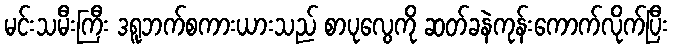
မင်းသမီးကြီး ဒရူဘက်စကားယားသည် စာပုလွေကို ဆတ်ခနဲကုန်းကောက်လိုက်ပြီး